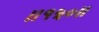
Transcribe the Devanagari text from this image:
॥१५०॥